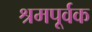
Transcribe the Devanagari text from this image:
श्रमपूर्वक